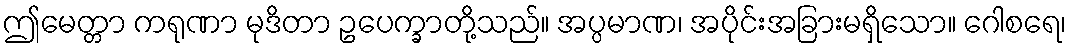
ဤမေတ္တာ ကရုဏာ မုဒိတာ ဥပေက္ခာတို့သည်။ အပ္ပမာဏ၊ အပိုင်းအခြားမရှိသော။ ဂေါစရေ၊